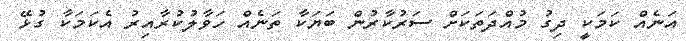
އަނެއް ކަމަކީ ދިގު މުއްދަތަކަށް ސަރުކާރުން ބަޔަކާ ތަނެއް ހަވާލުކުރާއިރު އެކަމަކާ ގުޅޭ